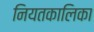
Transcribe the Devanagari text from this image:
नियतकालिका